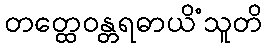
တတ္ထေဝန္တရဓာယိံသူတိ